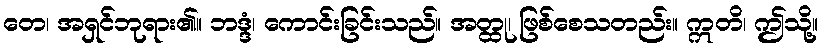
တေ၊ အရှင်ဘုရား၏။ ဘဒ္ဒံ၊ ကောင်းခြင်းသည်။ အတ္ထု၊ ဖြစ်စေသတည်း။ ဣတိ၊ ဤသို့။